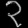
Digit: ၃